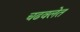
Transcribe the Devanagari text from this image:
चढवलेत